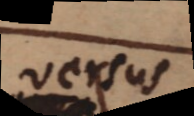
versus